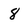
Character: 8